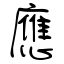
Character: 應